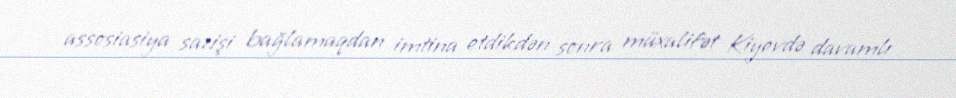
assosiasiya sazişi bağlamaqdan imtina etdikdən sonra müxalifət Kiyevdə davamlı